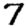
Digit: 7